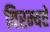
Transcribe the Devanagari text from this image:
विरम्यते